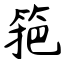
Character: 筢